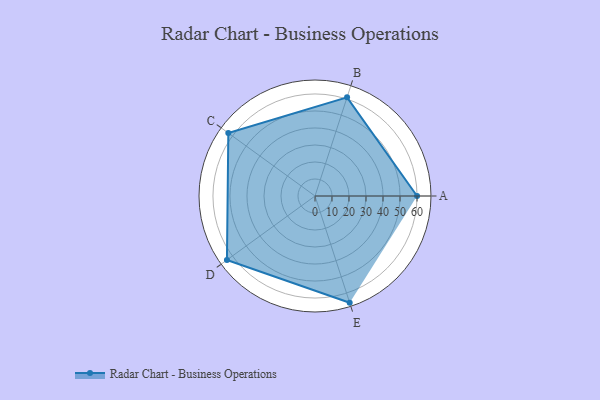
{"axis": {"x": "Skill", "y": "Score"}, "legend": ["Profile"], "data": [{"x": "A", "y": 60.0, "type": "Profile"}, {"x": "B", "y": 61.0, "type": "Profile"}, {"x": "C", "y": 63.0, "type": "Profile"}, {"x": "D", "y": 64.0, "type": "Profile"}, {"x": "E", "y": 66.0, "type": "Profile"}]}